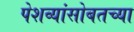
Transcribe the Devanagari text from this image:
पेशव्यांसोबतच्या